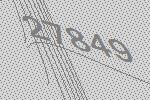
27849